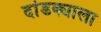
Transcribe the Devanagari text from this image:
दांडक्याला